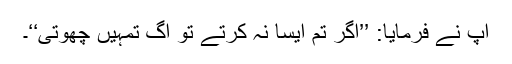
آپ نے فرمایا: ’’اگر تم ایسا نہ کرتے تو آگ تمہیں چھوتی‘‘۔